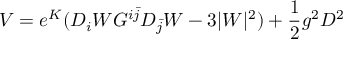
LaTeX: V = e ^ { K } ( D _ { i } W G ^ { i \bar { j } } D _ { \bar { j } } W - 3 \vert W \vert ^ { 2 } ) + { \frac { 1 } { 2 } } g ^ { 2 } D ^ { 2 }